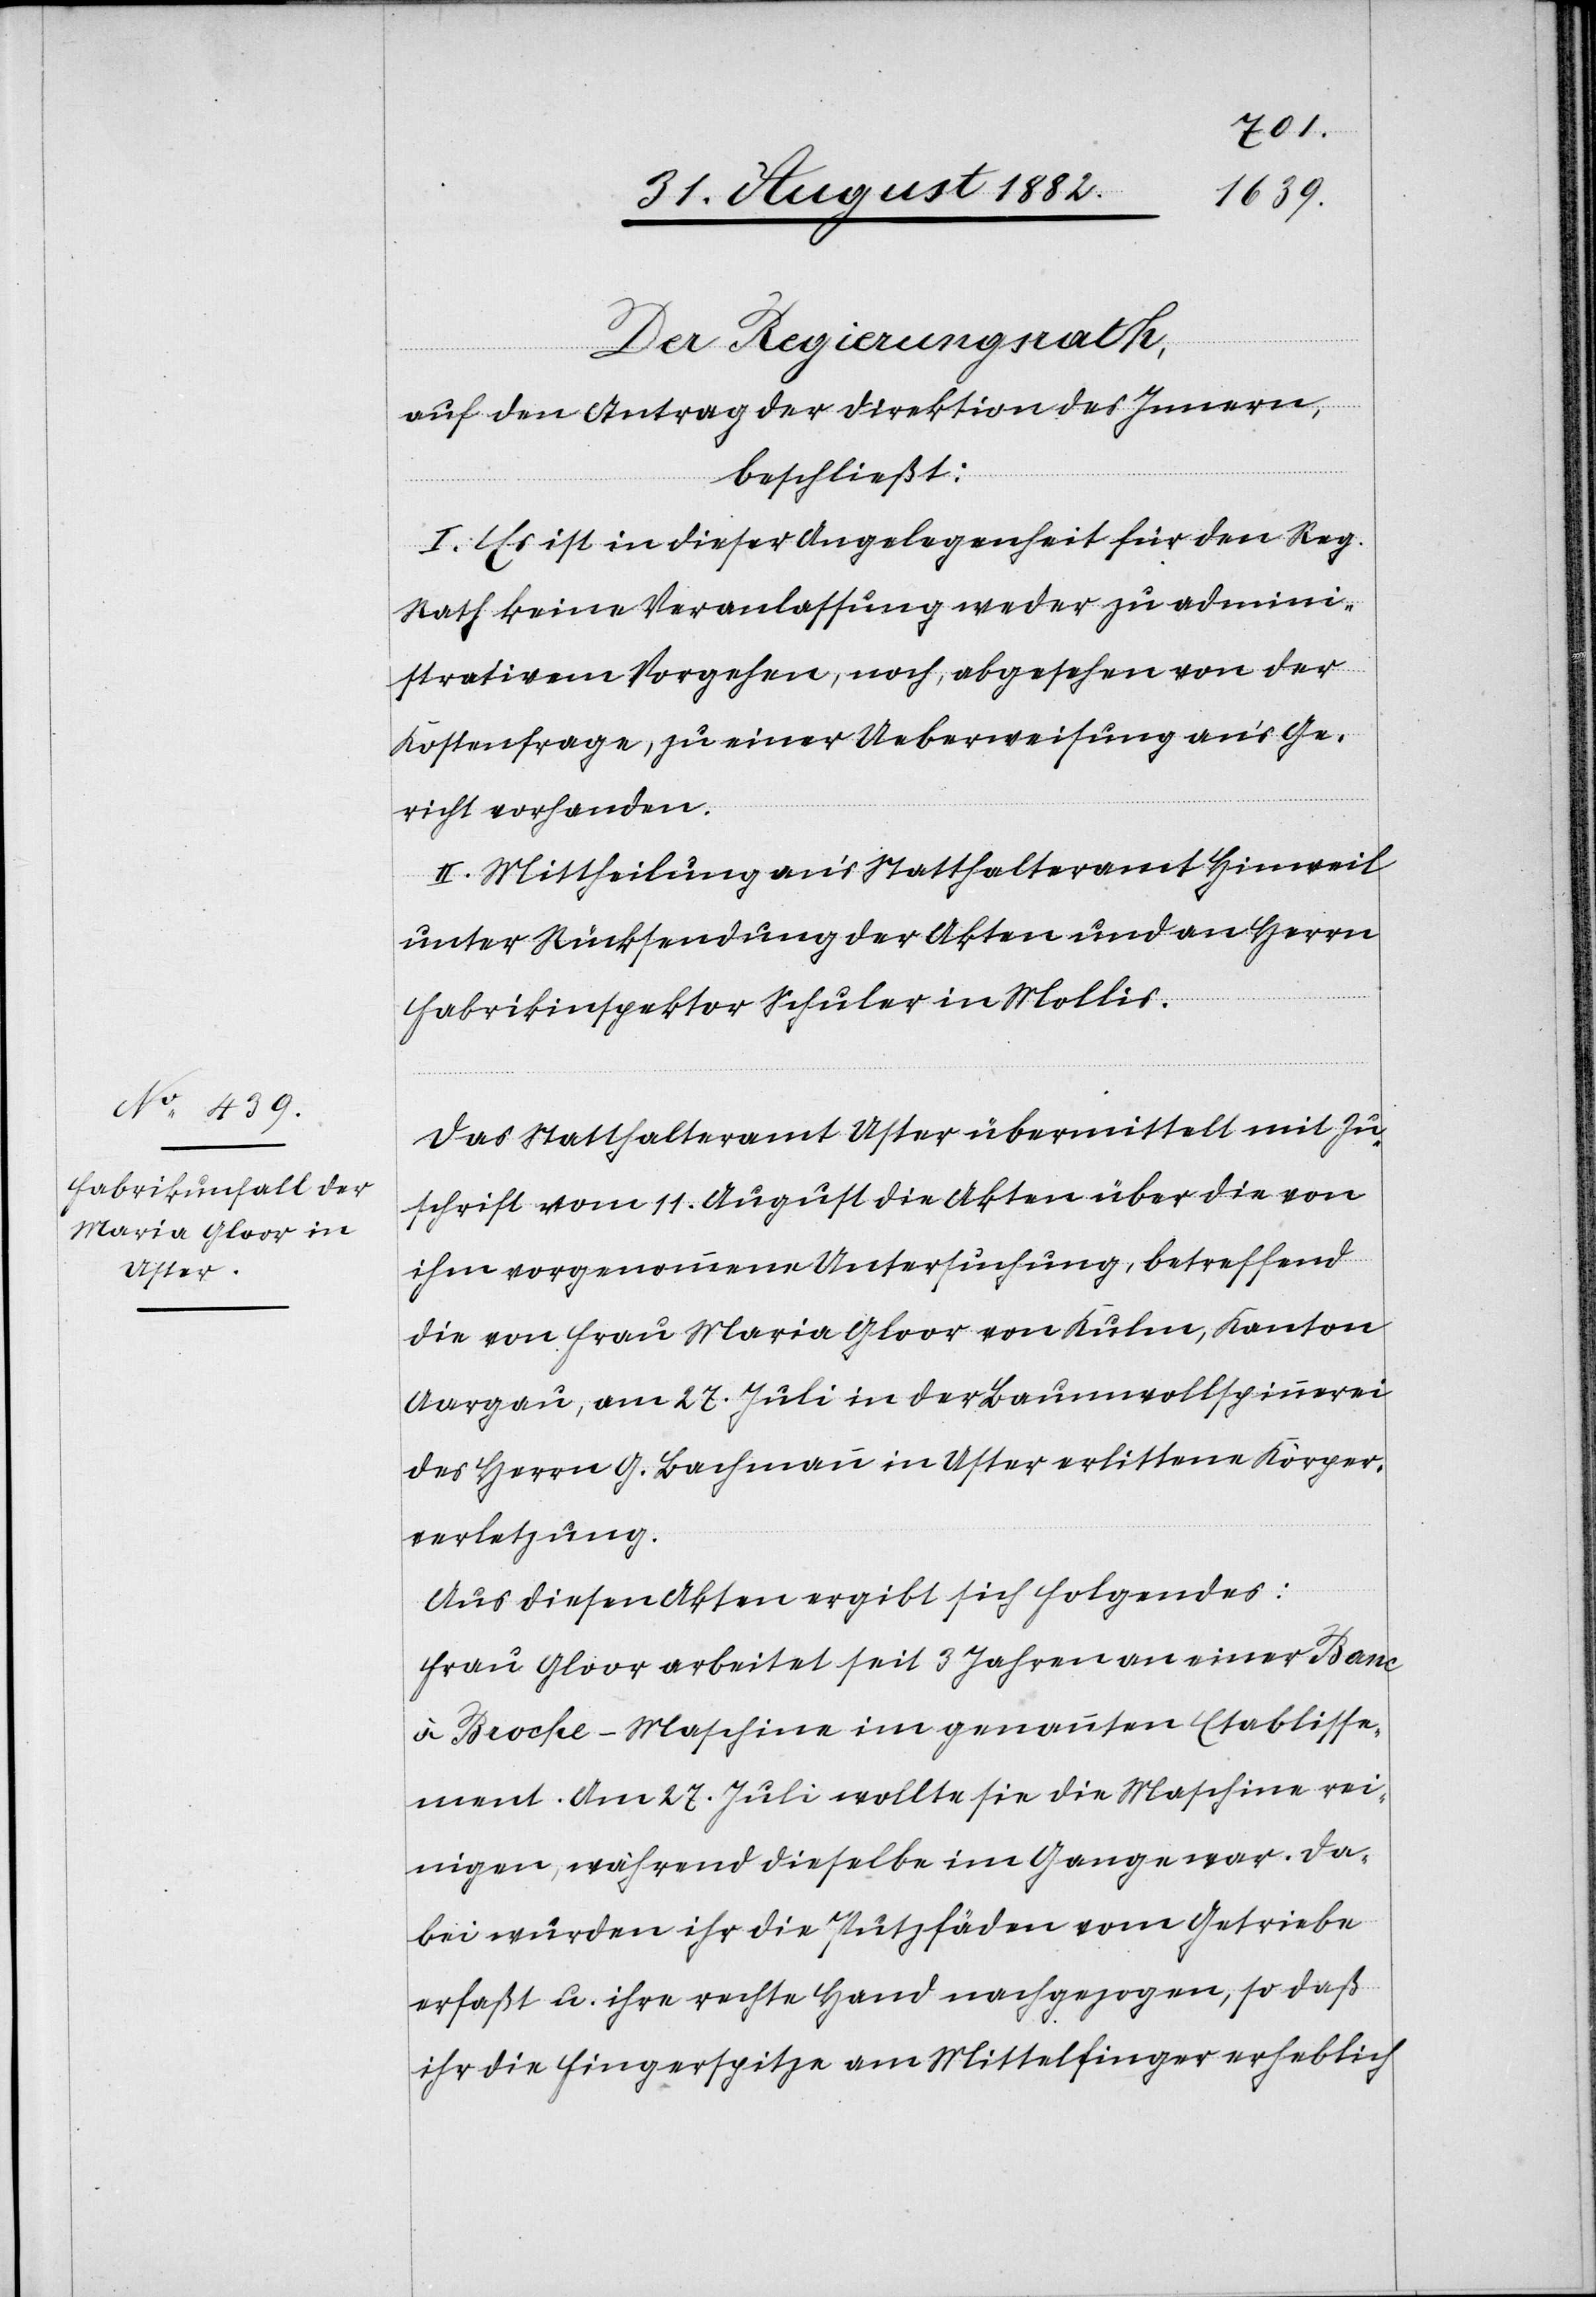
Der Regierungsrath,
auf den Antrag der Direktion des Innern,
beschließt:
I. Es ist in dieser Angelegenheit für den Reg.
Rath keine Veranlassung weder zu admini¬
strativem Vorgehen noch, abgesehen von der
Kostenfrage, zu einer Ueberweisung an’s Ge¬
richt vorhanden.
II. Mittheilung an’s Statthalteramt Hinweil
unter Rücksendung der Akten und an Herrn
Fabrikinspektor Schuler in Mollis.
Das Statthalteramt Uster übermittelt mit Zu¬
schrift vom 11. August die Akten über die von
ihm vorgenommene Untersuchung, betreffend
die von Frau Maria Gloor von Kulm, Kanton
Aargau, am 27. Juli in der Baumwollspinnerei
des Herrn G. Bachmann in Uster erlittene Körper¬
verletzung.
Aus diesen Akten ergibt sich folgendes:
Frau Gloor arbeitet seit 3 Jahren an einer Banc
à Broche-Maschine im genannten Etablisse¬
ment. Am 27. Juli wollte sie die Maschine rei¬
nigen, während dieselbe im Gange war. Da¬
bei wurden ihr die Putzfäden vom Getriebe
erfaßt u. ihre rechte Hand nachgezogen, so daß
ihr die Fingerspitze am Mittelfinger erheblich